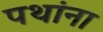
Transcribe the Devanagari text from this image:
पथांना